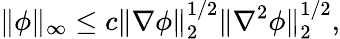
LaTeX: \| \phi\| _{\infty}\leq c\| \nabla\phi\| _{2}^{1/2}\| \nabla^{2}\phi\| _{2}^{1/2},